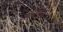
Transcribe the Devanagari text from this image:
मेंप्रयोग